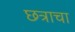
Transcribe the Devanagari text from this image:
छत्राचा